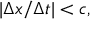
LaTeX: | \Delta x / \Delta t | < c ,